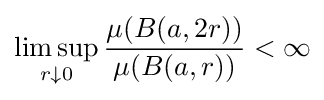
\limsup _{r\downarrow 0}{\frac {\mu (B(a,2r))}{\mu (B(a,r))}}<\infty